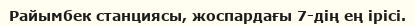
Райымбек станциясы, жоспардағы 7-дің ең ірісі.